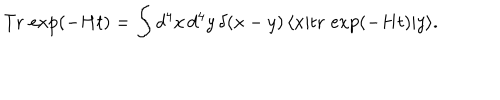
\mathrm { T r } \, \exp ( - H t ) = \int d ^ { 4 } x \, d ^ { 4 } y \, \delta ( x - y ) \, \langle x | \mathrm { t r } \, \exp ( - H t ) | y \rangle .